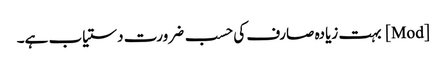
[Mod] بہت زیادہ صارف کی حسب ضرورت دستیاب ہے۔